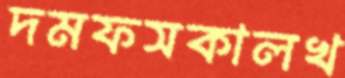
দমফসকালখ